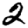
Digit: 2